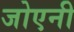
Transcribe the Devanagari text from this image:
जोएनी